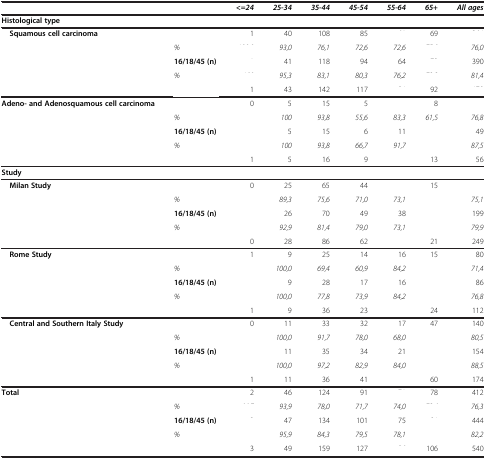
<table><thead><tr><td colspan="2">[EMPTY_CELL]</td><td><b><i>&lt;=24</i></b></td><td><b><i>25-34</i></b></td><td><b><i>35-44</i></b></td><td><b><i>45-54</i></b></td><td><b><i>55-64</i></b></td><td><b><i>65+</i></b></td><td><b><i>All ages</i></b></td></tr></thead><tbody><tr><td colspan="9"><b>Histological type</b></td></tr><tr><td rowspan="4"> <b>Squamous cell carcinoma</b></td><td>[EMPTY_CELL]</td><td>1</td><td>40</td><td>108</td><td>85</td><td>[EMPTY_CELL]</td><td>69</td><td>[EMPTY_CELL]</td></tr><tr><td><i>%</i></td><td>[EMPTY_CELL]</td><td><i>93,0</i></td><td><i>76,1</i></td><td><i>72,6</i></td><td><i>72,6</i></td><td>[EMPTY_CELL]</td><td><i>76,0</i></td></tr><tr><td><b>16/18/45 (n)</b></td><td>[EMPTY_CELL]</td><td>41</td><td>118</td><td>94</td><td>64</td><td>[EMPTY_CELL]</td><td>390</td></tr><tr><td><i>%</i></td><td>[EMPTY_CELL]</td><td><i>95,3</i></td><td><i>83,1</i></td><td><i>80,3</i></td><td><i>76,2</i></td><td>[EMPTY_CELL]</td><td><i>81,4</i></td></tr><tr><td>[EMPTY_CELL]</td><td>[EMPTY_CELL]</td><td>1</td><td>43</td><td>142</td><td>117</td><td>[EMPTY_CELL]</td><td>92</td><td>[EMPTY_CELL]</td></tr><tr><td rowspan="4"><b>Adeno- and Adenosquamous cell carcinoma</b></td><td>[EMPTY_CELL]</td><td>0</td><td>5</td><td>15</td><td>5</td><td>[EMPTY_CELL]</td><td>8</td><td>[EMPTY_CELL]</td></tr><tr><td><i>%</i></td><td>[EMPTY_CELL]</td><td><i>100</i></td><td><i>93,8</i></td><td><i>55,6</i></td><td><i>83,3</i></td><td><i>61,5</i></td><td><i>76,8</i></td></tr><tr><td><b>16/18/45 (n)</b></td><td>[EMPTY_CELL]</td><td>5</td><td>15</td><td>6</td><td>11</td><td>[EMPTY_CELL]</td><td>49</td></tr><tr><td><i>%</i></td><td>[EMPTY_CELL]</td><td><i>100</i></td><td><i>93,8</i></td><td><i>66,7</i></td><td><i>91,7</i></td><td>[EMPTY_CELL]</td><td><i>87,5</i></td></tr><tr><td>[EMPTY_CELL]</td><td>[EMPTY_CELL]</td><td>1</td><td>5</td><td>16</td><td>9</td><td>[EMPTY_CELL]</td><td>13</td><td>56</td></tr><tr><td colspan="9"><b>Study</b></td></tr><tr><td rowspan="4"> <b>Milan Study</b></td><td>[EMPTY_CELL]</td><td>0</td><td>25</td><td>65</td><td>44</td><td>[EMPTY_CELL]</td><td>15</td><td>[EMPTY_CELL]</td></tr><tr><td><i>%</i></td><td>[EMPTY_CELL]</td><td><i>89,3</i></td><td><i>75,6</i></td><td><i>71,0</i></td><td><i>73,1</i></td><td>[EMPTY_CELL]</td><td><i>75,1</i></td></tr><tr><td><b>16/18/45 (n)</b></td><td>[EMPTY_CELL]</td><td>26</td><td>70</td><td>49</td><td>38</td><td>[EMPTY_CELL]</td><td>199</td></tr><tr><td><i>%</i></td><td>[EMPTY_CELL]</td><td><i>92,9</i></td><td><i>81,4</i></td><td><i>79,0</i></td><td><i>73,1</i></td><td>[EMPTY_CELL]</td><td><i>79,9</i></td></tr><tr><td>[EMPTY_CELL]</td><td>[EMPTY_CELL]</td><td>0</td><td>28</td><td>86</td><td>62</td><td>[EMPTY_CELL]</td><td>21</td><td>249</td></tr><tr><td rowspan="4"> <b>Rome Study</b></td><td>[EMPTY_CELL]</td><td>1</td><td>9</td><td>25</td><td>14</td><td>16</td><td>15</td><td>80</td></tr><tr><td><i>%</i></td><td>[EMPTY_CELL]</td><td><i>100,0</i></td><td><i>69,4</i></td><td><i>60,9</i></td><td><i>84,2</i></td><td>[EMPTY_CELL]</td><td><i>71,4</i></td></tr><tr><td><b>16/18/45 (n)</b></td><td>[EMPTY_CELL]</td><td>9</td><td>28</td><td>17</td><td>16</td><td>[EMPTY_CELL]</td><td>86</td></tr><tr><td><i>%</i></td><td>[EMPTY_CELL]</td><td><i>100,0</i></td><td><i>77,8</i></td><td><i>73,9</i></td><td><i>84,2</i></td><td>[EMPTY_CELL]</td><td><i>76,8</i></td></tr><tr><td>[EMPTY_CELL]</td><td>[EMPTY_CELL]</td><td>1</td><td>9</td><td>36</td><td>23</td><td>[EMPTY_CELL]</td><td>24</td><td>112</td></tr><tr><td rowspan="4"> <b>Central and Southern Italy Study</b></td><td>[EMPTY_CELL]</td><td>0</td><td>11</td><td>33</td><td>32</td><td>17</td><td>47</td><td>140</td></tr><tr><td><i>%</i></td><td>[EMPTY_CELL]</td><td><i>100,0</i></td><td><i>91,7</i></td><td><i>78,0</i></td><td><i>68,0</i></td><td>[EMPTY_CELL]</td><td><i>80,5</i></td></tr><tr><td><b>16/18/45 (n)</b></td><td>[EMPTY_CELL]</td><td>11</td><td>35</td><td>34</td><td>21</td><td>[EMPTY_CELL]</td><td>154</td></tr><tr><td><i>%</i></td><td>[EMPTY_CELL]</td><td><i>100,0</i></td><td><i>97,2</i></td><td><i>82,9</i></td><td><i>84,0</i></td><td>[EMPTY_CELL]</td><td><i>88,5</i></td></tr><tr><td>[EMPTY_CELL]</td><td>[EMPTY_CELL]</td><td>1</td><td>11</td><td>36</td><td>41</td><td>[EMPTY_CELL]</td><td>60</td><td>174</td></tr><tr><td rowspan="4"><b>Total</b></td><td>[EMPTY_CELL]</td><td>2</td><td>46</td><td>124</td><td>91</td><td>[EMPTY_CELL]</td><td>78</td><td>412</td></tr><tr><td><i>%</i></td><td>[EMPTY_CELL]</td><td><i>93,9</i></td><td><i>78,0</i></td><td><i>71,7</i></td><td><i>74,0</i></td><td>[EMPTY_CELL]</td><td><i>76,3</i></td></tr><tr><td><b>16/18/45 (n)</b></td><td>[EMPTY_CELL]</td><td>47</td><td>134</td><td>101</td><td>75</td><td>[EMPTY_CELL]</td><td>444</td></tr><tr><td><i>%</i></td><td>[EMPTY_CELL]</td><td><i>95,9</i></td><td><i>84,3</i></td><td><i>79,5</i></td><td><i>78,1</i></td><td>[EMPTY_CELL]</td><td><i>82,2</i></td></tr><tr><td>[EMPTY_CELL]</td><td>[EMPTY_CELL]</td><td>3</td><td>49</td><td>159</td><td>127</td><td>[EMPTY_CELL]</td><td>106</td><td>540</td></tr></tbody></table>